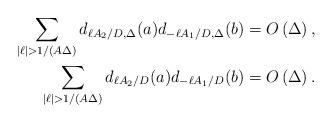
LaTeX: \begin{align*}\sum_{ |\ell| > 1/(A \Delta)} d_{\ell A_2/D,\Delta}(a) d_{-\ell A_1/D,\Delta}(b) &= O\left( \Delta \right),\\\sum_{ |\ell| > 1/(A \Delta)} d_{\ell A_2/D}(a) d_{-\ell A_1/D}(b) &= O\left( \Delta \right).\end{align*}